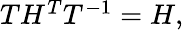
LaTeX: \begin{array}{r}{TH^{T}T^{-1}=H,}\end{array}